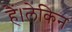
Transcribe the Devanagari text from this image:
हैं।लेकिन